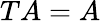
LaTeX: TA=A